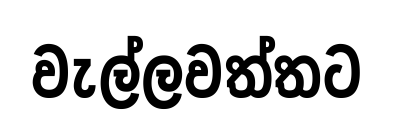
වැල්ලවත්තට